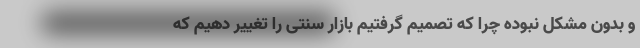
و بدون مشکل نبوده چرا که تصمیم گرفتیم بازار سنتی را تغییر دهیم که